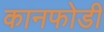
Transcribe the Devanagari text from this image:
कानफोडी